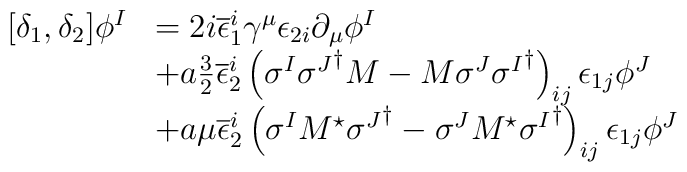
\begin{array}{ll}[\delta_{1},\delta_{2}] \phi^{I} & = 2 i \overline{\epsilon}_{1}^{i}\gamma^{\mu} \epsilon_{2 i} \partial_{\mu} \phi^{I} \\ & + a \frac{3}{2}\overline{\epsilon}_{2}^{i} \left(\sigma^{I} {\sigma^{J}}^{\dagger} M - M \sigma^{J} {\sigma^{I}}^{\dagger}\right)_{ij} \epsilon_{1 j} \phi^{J} \\ & +a \mu \overline{\epsilon}_{2}^{i} \left(\sigma^{I} M^{\star}{\sigma^{J}}^{\dagger} - \sigma^{J} M^{\star}{\sigma^{I}}^{\dagger}\right)_{ij} \epsilon_{1 j} \phi^{J}\end{array}